Vaccination in the Punjab 1883-1896 - 1883-1896
Year: 1883
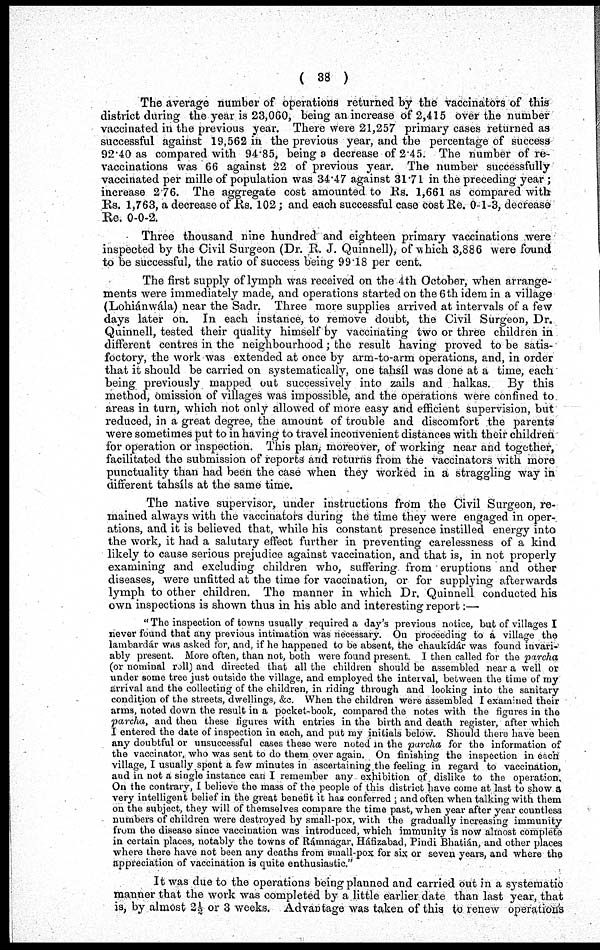
( 38 )
The average number of operations returned by the vaccinators of this
district during the year is 23,060, being an increase of 2,415 over the number
vaccinated in the previous year. There were 21,257 primary cases returned as
successful against 19,562 in the previous year, and the percentage of success
92.40 as compared with 94.85, being a decrease of 2.45. The number of re-
vaccinations was 66 against 22 of previous year. The number successfully
vaccinated per mille of population was 34.47 against 31.71 in the preceding year ;
increase 2.76. The aggregate cost amounted to Rs. 1,661 as compared with
Rs. 1,763, a decrease of Rs. 102; and each successful case cost Re. 0-1-3, decrease
Re. 0-0-2.
Three thousand nine hundred and eighteen primary vaccinations were
inspected by the Civil Surgeon (Dr. R. J. Quinnell), of which 3,886 were found
to be successful, the ratio of success being 99.18 per cent.
The first supply of lymph was received on the 4th October, when arrange-
ments were immediately made, and operations started on the 6th idem in a village
(Lohiánwála) near the Sadr. Three more supplies arrived at intervals of a few
days later on. In each instance, to remove doubt, the Civil Surgeon, Dr.
Quinnell, tested their quality himself by vaccinating two or three children in
different centres in the neighbourhood; the result having proved to be satis¬
factory, the work was extended at once by arm-to-arm operations, and, in order
that it should be carried on systematically, one tahsíl was done at a time, each
being previously mapped out successively into zails and halkas. By this
method, omission of villages was impossible, and the operations were confined to
areas in turn, which not only allowed of more easy and efficient supervision, but
reduced, in a great degree, the amount of trouble and discomfort the parents
were sometimes put to in having to travel inconvenient distances with their children
for operation or inspection. This plan, moreover, of working near and together,
facilitated the submission of reports and returns from the vaccinators with more
punctuality than had been the case when they worked in a straggling way in
different tahsíls at the same time.
The native supervisor, under instructions from the Civil Surgeon, re-
mained always with the vaccinators during the time they were engaged in oper-
ations, and it is believed that, while his constant presence instilled energy into
the work, it had a salutary effect further in preventing carelessness of a kind
likely to cause serious prejudice against vaccination, and that is, in not properly
examining and excludiug children who, suffering from eruptions and other
diseases, were unfitted at the time for vaccination, or for supplying afterwards
lymph to other children. The manner in which Dr. Quinnell conducted his
own inspections is shown thus in his able and interesting report:—
"The inspection of towns usually required a day's previous notice, but of villages I
never found that any previous intimation was necessary. On proceeding to a village the
lambardár was asked for, and, if he happened to be absent, the chaukídár was found invari-
ably present. More often, than not, both were found present. I then called for the parcha
(or nominal roll) and directed that all the children should be assembled near a well or
under some tree just outside the village, and employed the interval, between the time of my
arrival and the collecting of the children, in riding through and looking into the sanitary
condition of the streets, dwellings, &c. When the children were assembled I examined their
arms, noted down the result in a pocket-book, compared the notes with the figures in the
parcha, and then these figures with entries in the birth and death register, after which
I entered the date of inspection in each, and put my initials below. Should there have been
any doubtful or unsuccessful cases these were noted in the parcha for the information of
the vaccinator, who was sent to do them over again. On finishing the inspection in each
village, I usually spent a few minutes in ascertaining the feeling in regard to vaccination,
and in not a single instance can I remember any exhibition of dislike to the operation,
On the contrary, I believe the mass of the people of this district have come at last to show a
very intelligent belief in the great benefit it has conferred; and often when talking with them
on the subject, they will of themselves compare the time past, when year after year countless
numbers of children were destroyed by small-pox, with the gradually increasing immunity
from the disease since vaccination was introduced, which immunity is now almost complete
in certain places, notably the towns of Rámnagar, Háfizabad, Pindi Bhatián, and other places
where there have not been any deaths from small-pox for six or seven years, and where the
appreciation of vaccination is quite enthusiastic."
It was due to the operations being planned and carried out in a systematic
manner that the work was completed by a little earlier date than last year, that
is, by almost 2½ or 3 weeks. Advantage was taken of this to renew operations